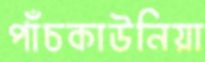
পাঁচকাউনিয়া